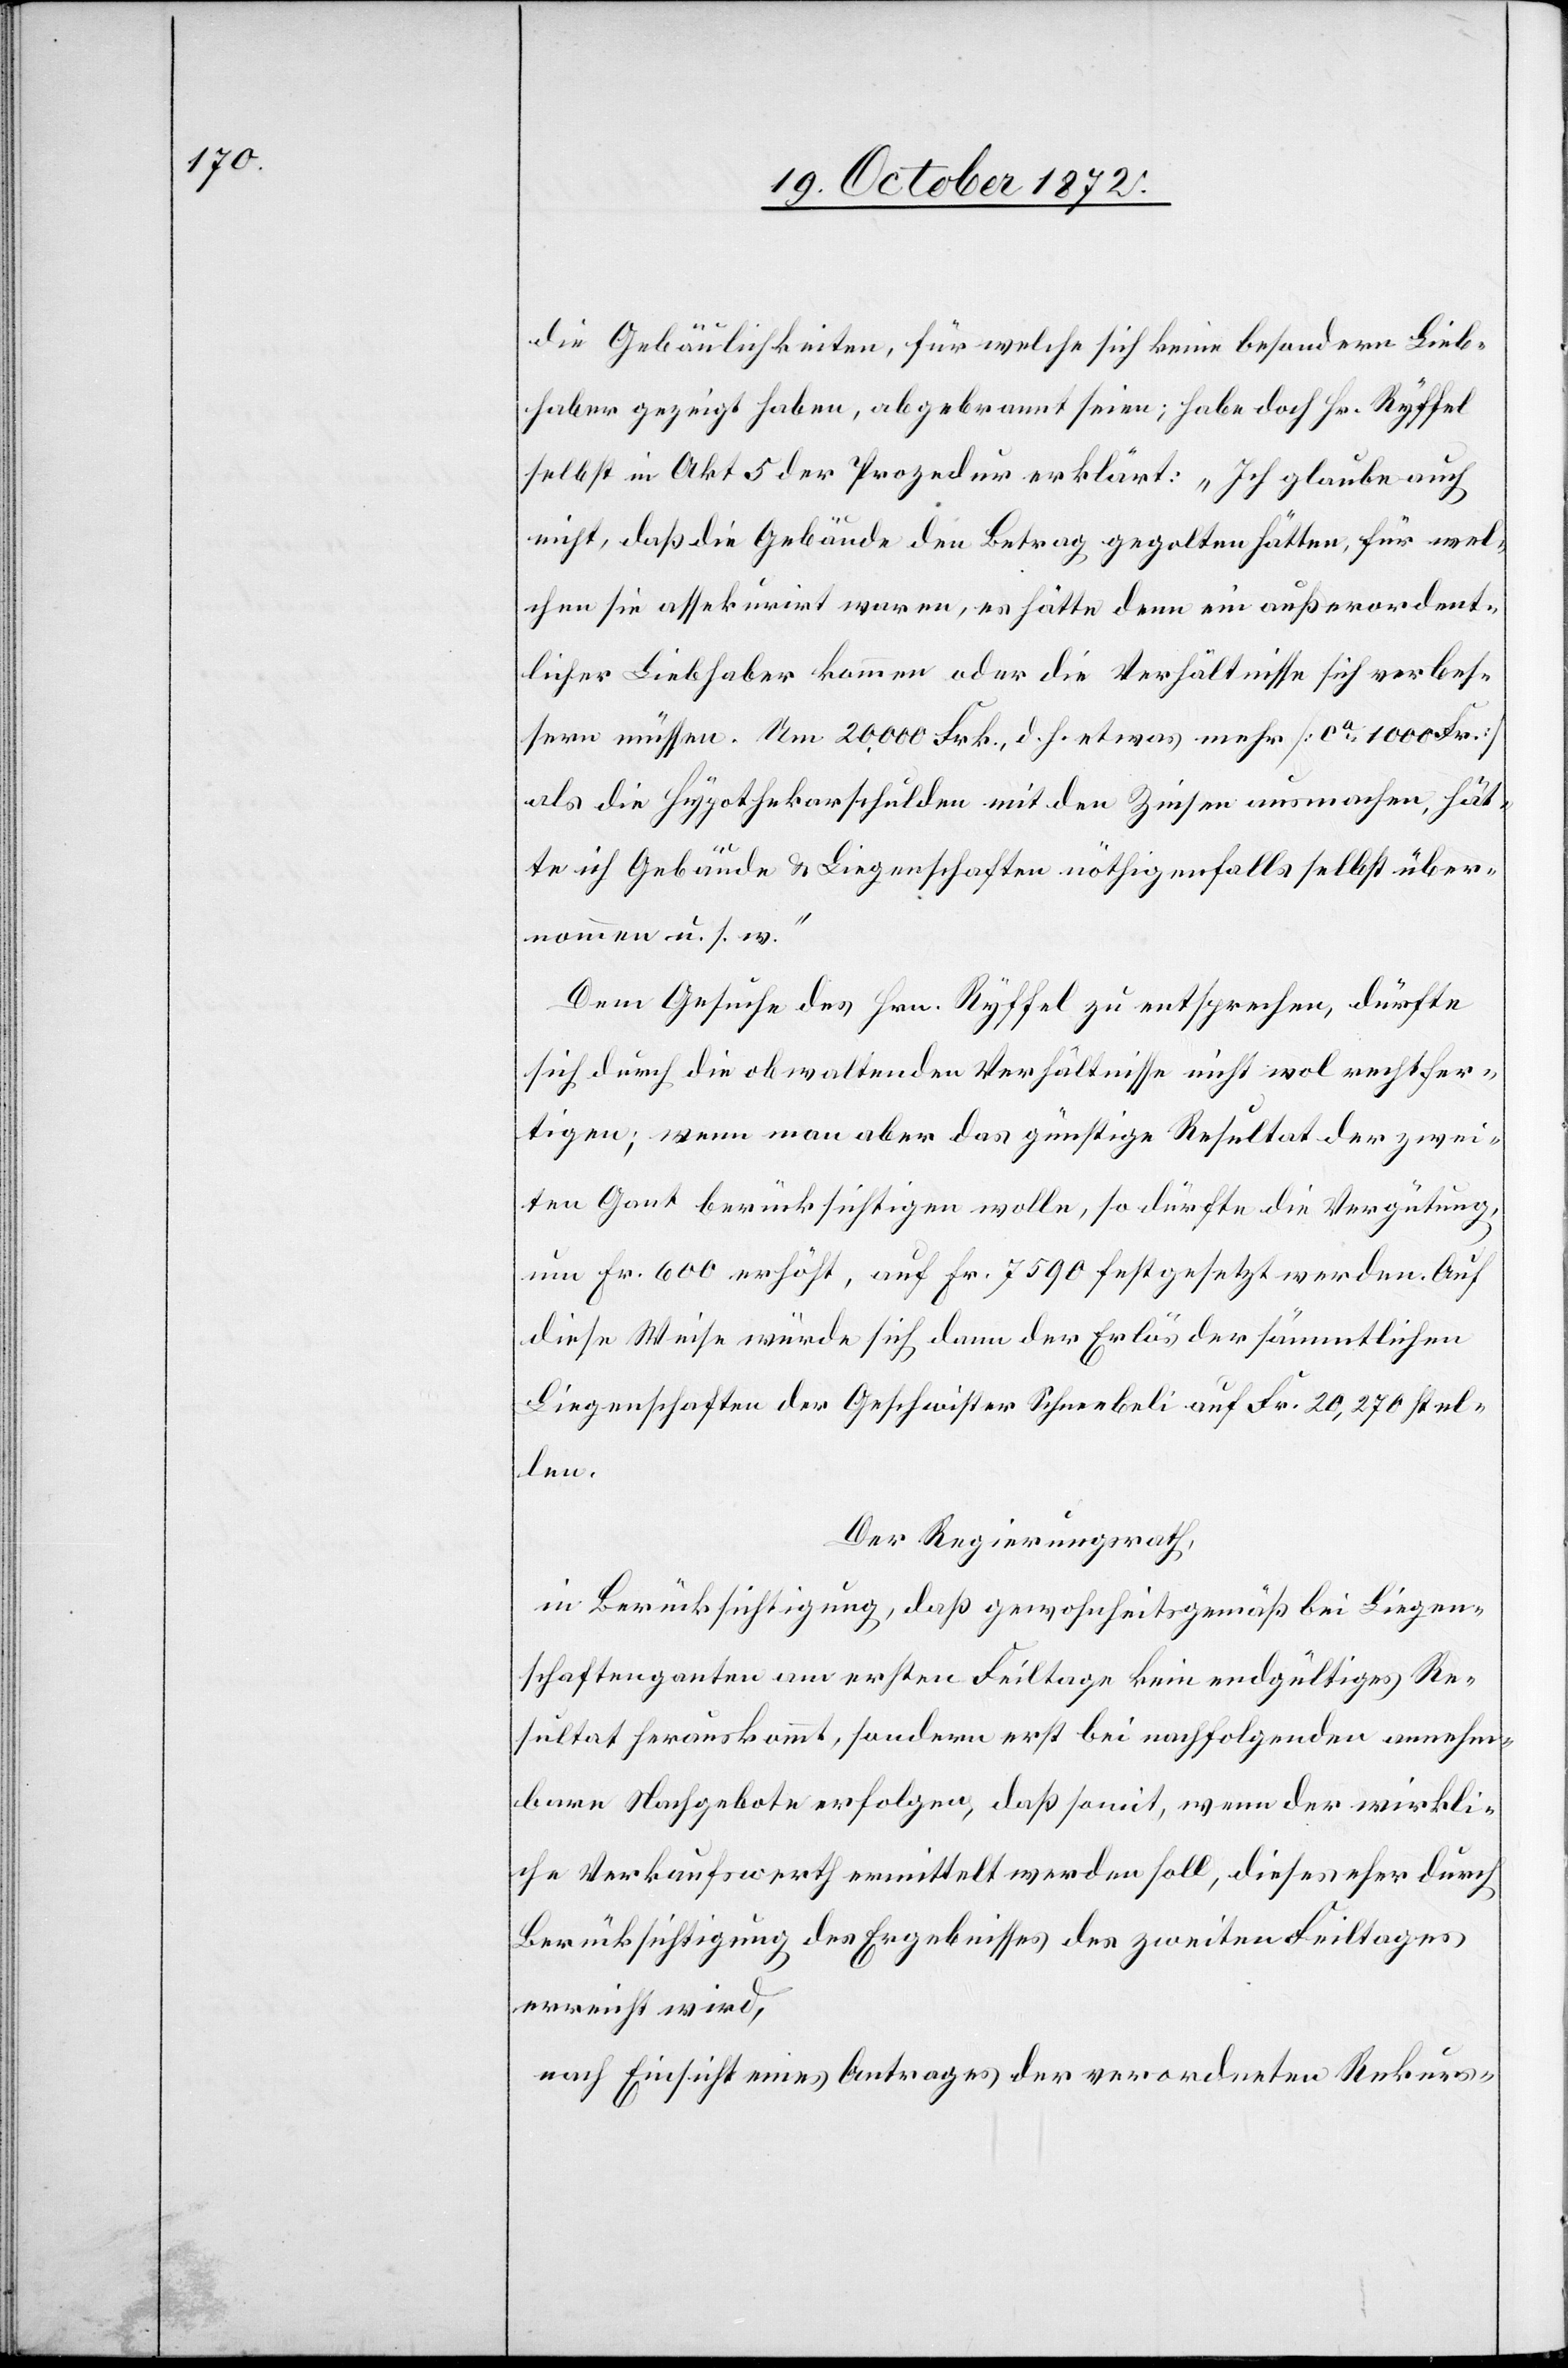
die Gebäulichkeiten, für welche sich keine besondern Lieb¬
haber gezeigt haben, abgebrannt seien; habe doch Hr. Ryffel
selbst in Akt 5 der Prozedur erklärt: „Ich glaube auch
nicht, daß die Gebäude den Betrag gegolten hätten, für wel¬
chen sie assekurirt waren, es hätte denn ein außerordent¬
licher Liebhaber kommen oder die Verhältnisse sich verbes¬
sern müssen. Um 20,000 Frk., d. h. etwas mehr [ca 1000 Fr.]
als die Hypothekarschulden mit den Zinsen ausmachen, hät¬
te ich Gebäude u. Liegenschaften nöthigenfalls selbst über¬
nommen u. s. w.“
Dem Gesuche des Hrn. Ryffel zu entsprechen, dürfte
ich durch die obwaltenden Verhältnisse nicht wol rechtfer¬
tigen; wenn man aber das günstige Resultat der zwei¬
ten Gant berücksichtigen wolle, so dürfte die Vergütung,
um Fr. 600 erhöht, auf Fr. 7590 festgesetzt werden. Auf
diese Weise würde sich dann der Erlös der sämmtlichen
Liegenschaften der Geschwister Schneebeli auf Fr. 20,270 stel¬
len.
Der Regierungsrath,
in Berücksichtigung, daß gewohnheitsgemäß bei Liegen¬
schaftenganten am ersten Feiltage kein endgültiges Re¬
sultat herauskommt, sondern erst bei nachfolgenden annehm¬
bare Nachgebote erfolgen, daß somit, wenn der wirkli¬
che Verkaufswerth ermittelt werden soll, dieses eher durch
Berücksichtigung des Ergebnisses des zweiten Feiltages
erreicht wird,
nach Einsicht eines Antrages der verordneten Rekurs-